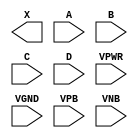
module sky130_fd_sc_ls__or4 (
    X   ,
    A   ,
    B   ,
    C   ,
    D   ,
    VPWR,
    VGND,
    VPB ,
    VNB
);

    output X   ;
    input  A   ;
    input  B   ;
    input  C   ;
    input  D   ;
    input  VPWR;
    input  VGND;
    input  VPB ;
    input  VNB ;
endmodule